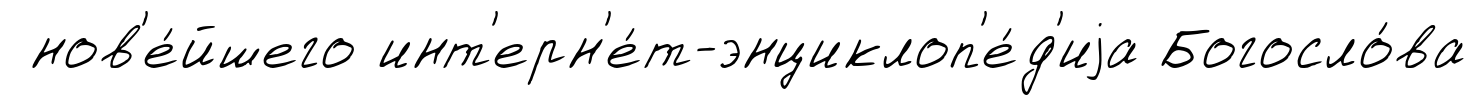
нов'е́йшего инт'ерн'е́т-энциклоп'е́д'иjа Богосло́ва